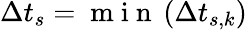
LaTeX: \Delta t_{s}=\mathrm{~m~i~n~}\left(\Delta t_{s,k}\right)